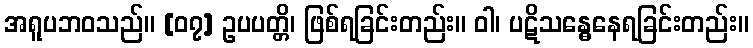
အရူပဘဝသည်။ [၀၇] ဥပပတ္တိ၊ ဖြစ်ရခြင်းတည်း။ ဝါ၊ ပဋိသန္ဓေနေရခြင်းတည်း။